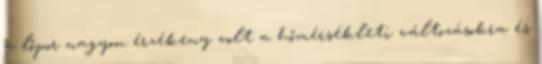
a lőpor nagyon érzékeny volt a hőmérsékleti változásokra és